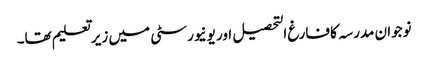
نوجوان مدرسہ کا فارغ التحصیل اور یونیورسٹی میں زیرتعلیم تھا۔